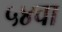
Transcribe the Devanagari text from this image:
५४वा